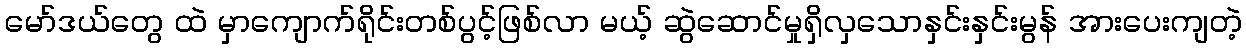
မော်ဒယ်တွေ ထဲ မှာကျောက်ရိုင်းတစ်ပွင့်ဖြစ်လာ မယ့် ဆွဲဆောင်မှုရှိလှသောနှင်းနှင်းမွန် အားပေးကျတဲ့